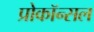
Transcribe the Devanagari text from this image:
प्रोकॉन्सल